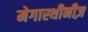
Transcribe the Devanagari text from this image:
मेगास्थीनीज़